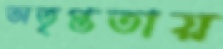
অতৃপ্ততায়